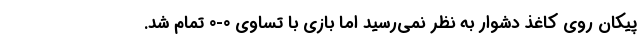
پیکان روی کاغذ دشوار به نظر نمی‌رسید اما بازی با تساوی 0-0 تمام شد.